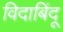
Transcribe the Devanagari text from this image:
विदाबिंदू